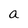
Character: a